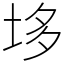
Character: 垑